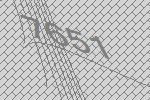
7651